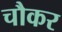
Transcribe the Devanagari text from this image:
चौकर